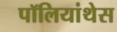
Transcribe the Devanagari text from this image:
पॉलियांथेस